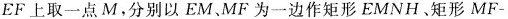
EF上取一点M。分别以EM、MF为一边作矩形EMNH。矩形MF-